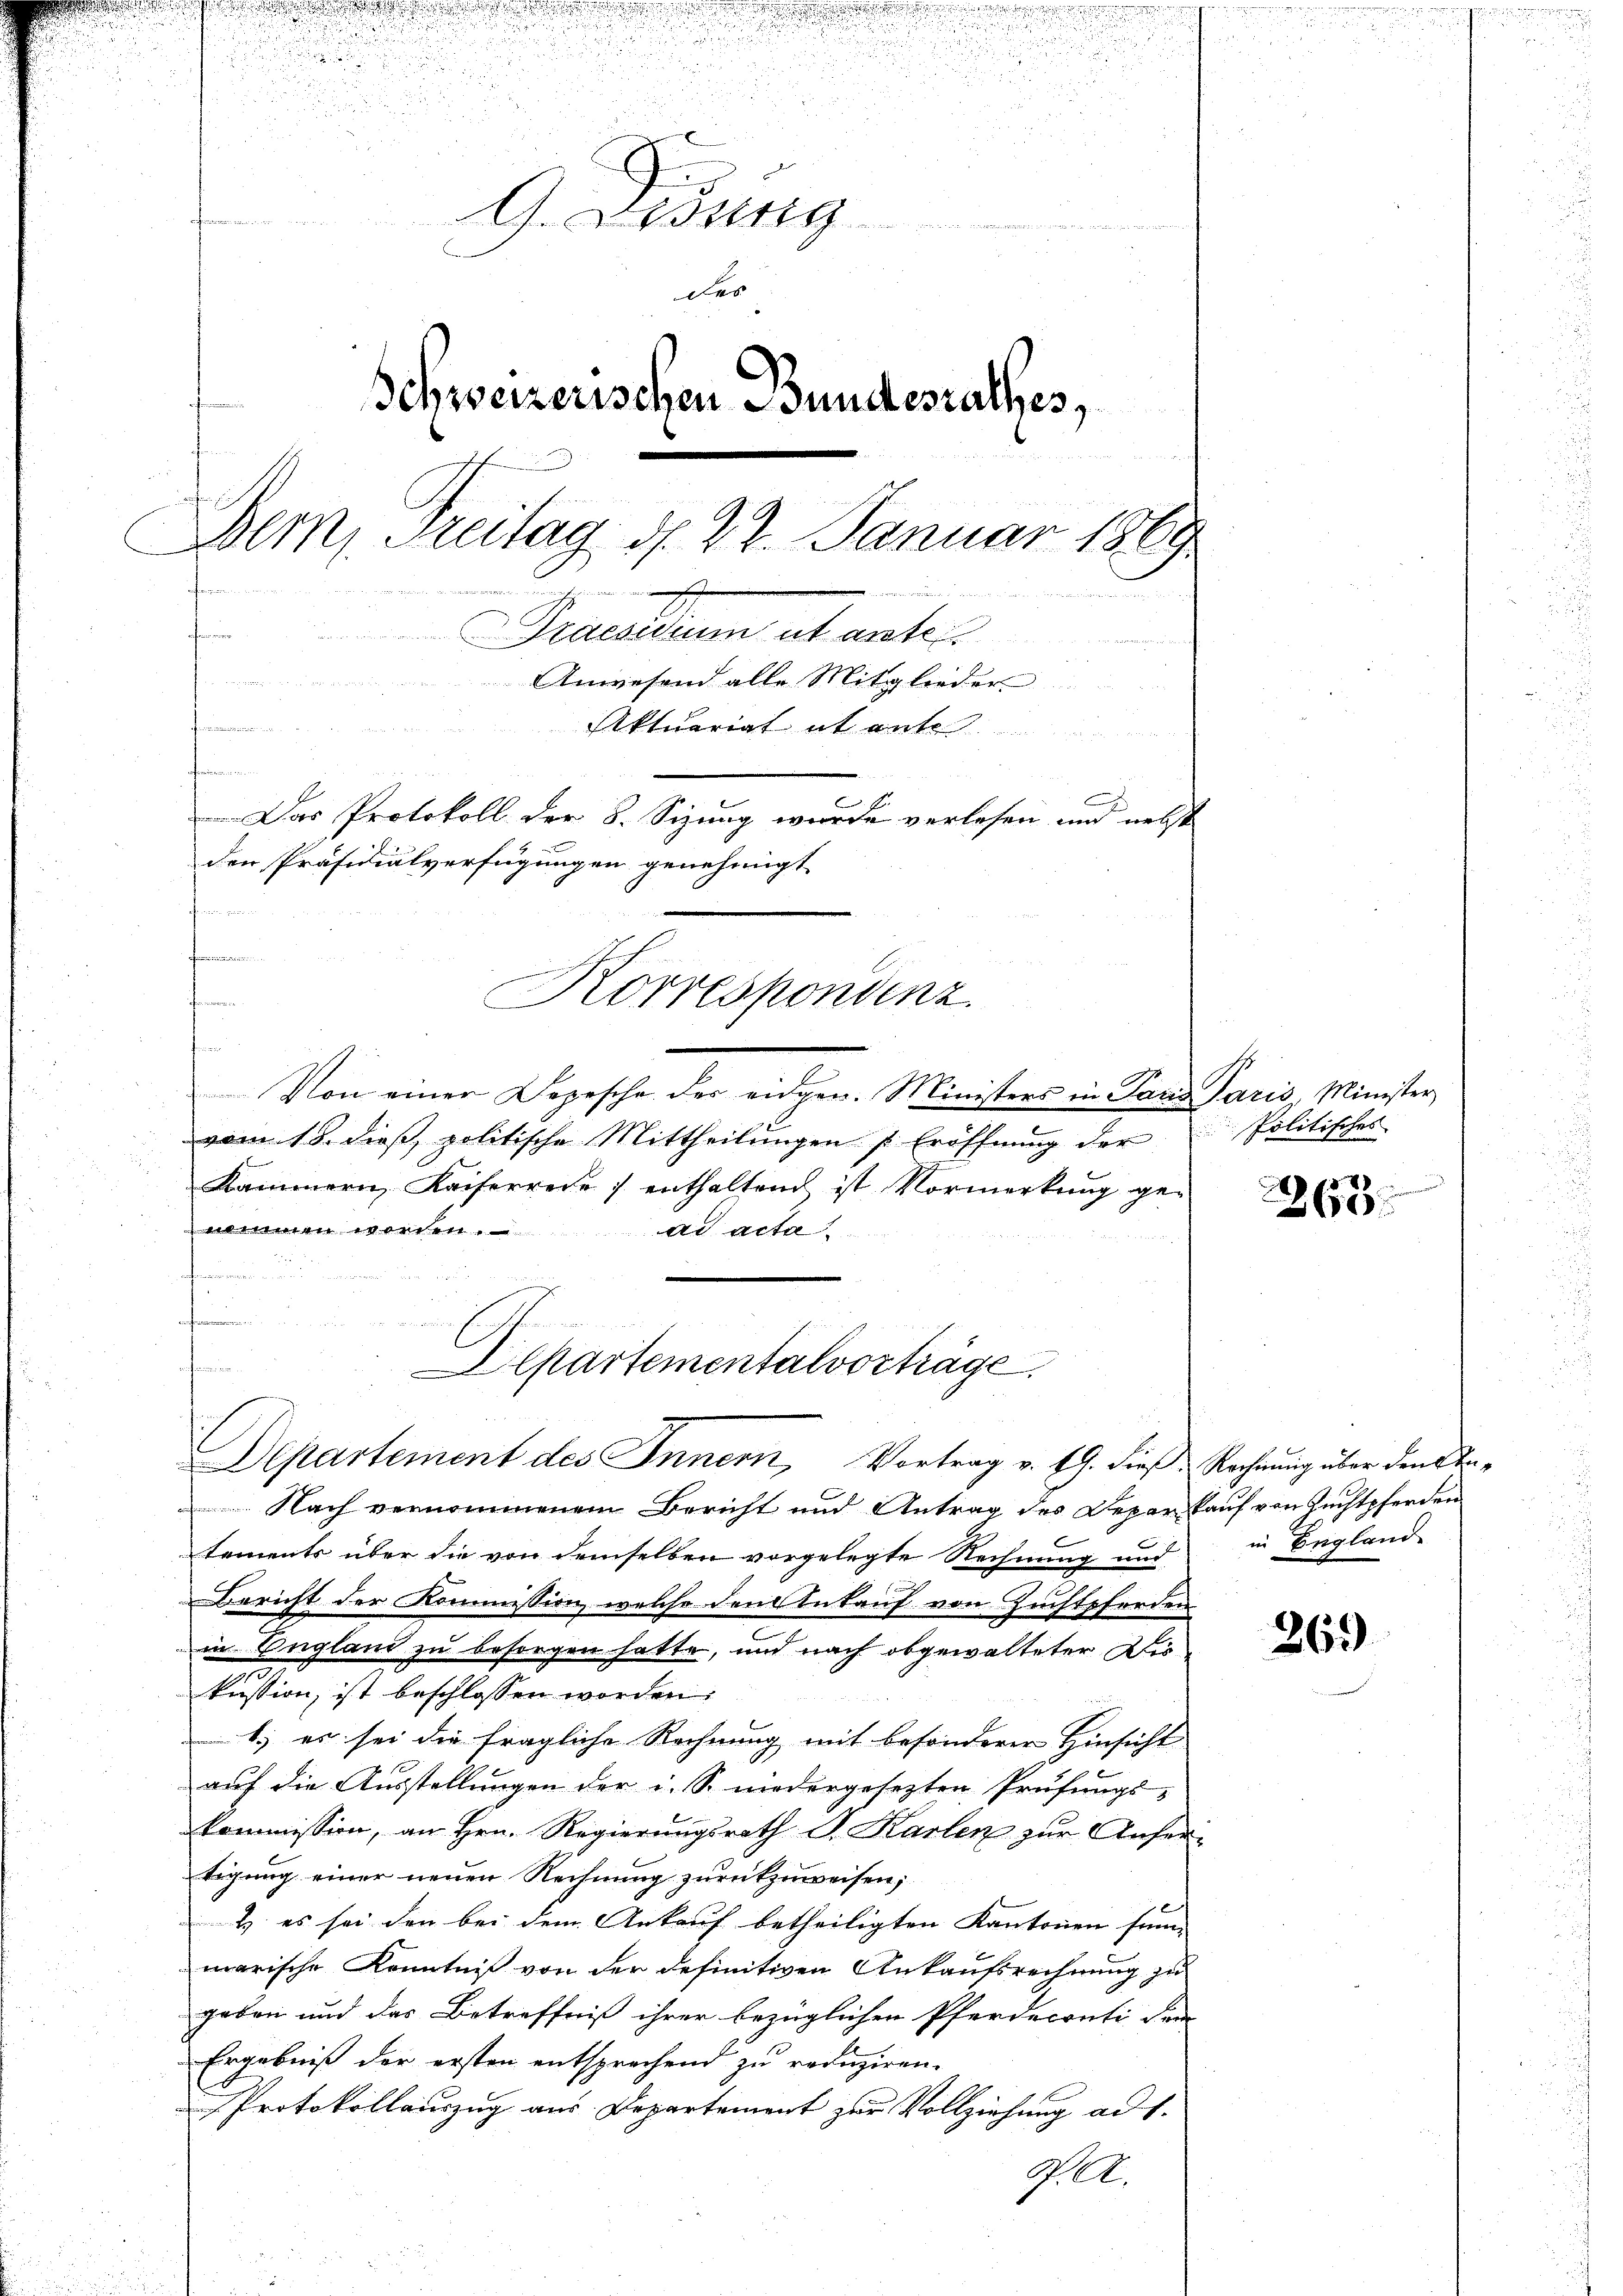
.
u

d

n

u

2

1
e
G. Didung
 Seiten
Des
Schweizerischen Bundesrathes,
Bern, Freitag d. 22. Januar 1869
auf seinem ande

n
Praesidium ut ante
Anwesend alle Mitglieder
kammen
Aktuariat it ente
fonisieren in ein
Das Protokoll der 8. Sizung wurde verlesen und nebst
den Präsidialverfügungen genehmigt.
fin¬
Frommenen

Korreskonvenz
femmen
finnen

l
Von einer Depesche des eidgen. Ministers in Tanz Paris, Minister
vom 18. dieß politische Mittheilungen s. Eröffnung der
Kammern Kaiserrede) enthaltend ist Vormerkŭng ge-
immen worden.
ad acta
n
ahnen
.
Lieferti

freien
lpartementalvorträge
Departement des Innern, Vortrag v. 19. dieß. Rechnung über den In¬

Nach vernommenem Bericht und Antrag des Deparkauf von Zuchtpferden
tements über die von demselben vorgelegte Rechnung und
Bericht der Kommission, welche den Untauf von Zuchtpferden
in England zu besorgen hatte, und nach obgewalteter Aus
kussion, ist beschlossen worden.
1.) es sei die fragliche Rechnung mit besonderer Hinsicht
auf die Ausstellungen der i. S. niedergesezten Prüfungs-
Kommission, an Hrn. Regierungsrath J. Karlen zur Anfertigung einer neuen Rechnung zurückzuweisen;
e
& es sei den bei dem Ankauf betheiligten Kantonen sum-
marische Kenntniß von der definitiven Ankaufsrechnung zu
geben und das Betreffniß ihrer bezüglichen Pferdeconti dem
Ergebniß der ersten entsprechend zu reduziren.
Protokollauszug aus Departement zur Vollziehung ad 1.
W. A.

Politisches

i
263

in England

265